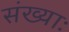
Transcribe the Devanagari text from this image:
संख्याः